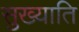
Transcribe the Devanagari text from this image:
सुख्याति